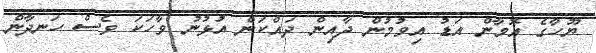
ޔޫހާގެ އޮމާން އަޑު އިވުމުން ދާއިން ދައްކަން އުޅުނު ވާހަކަ ވެސް ހަނދާން